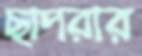
ছাপরার